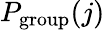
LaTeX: P_{\mathrm{group}}(j)